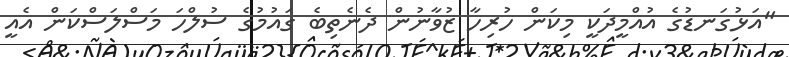
"އަޅުގަނޑުގެ އުއްމީދަކީ މިކަން ހުރިހާ ޒުވާނުން ދެނެތިބެ ގައުމުގެ ސުލްހަ މަސްލަސްކަން އެއީ